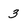
Character: 3